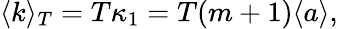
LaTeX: \langle k\rangle_{T}=T\kappa_{1}=T(m+1)\langle a\rangle,